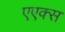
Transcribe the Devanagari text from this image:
एएक्स